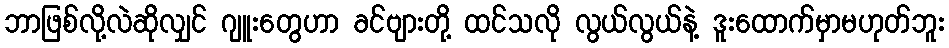
ဘာဖြစ်လို့လဲဆိုလျှင် ဂျူးတွေဟာ ခင်ဗျားတို့ ထင်သလို လွယ်လွယ်နဲ့ ဒူးထောက်မှာမဟုတ်ဘူး